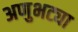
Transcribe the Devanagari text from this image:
अणुभट्या